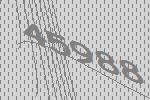
45988